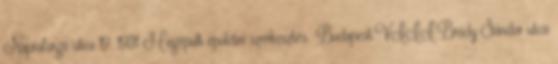
Napraforgó utca 19. 1931 Megépült épületei szerkesztés Budapest.VIII.Bródy Sándor utca